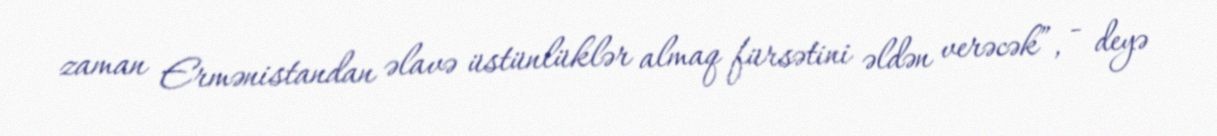
zaman Ermənistandan əlavə üstünlüklər almaq fürsətini əldən verəcək”, - deyə